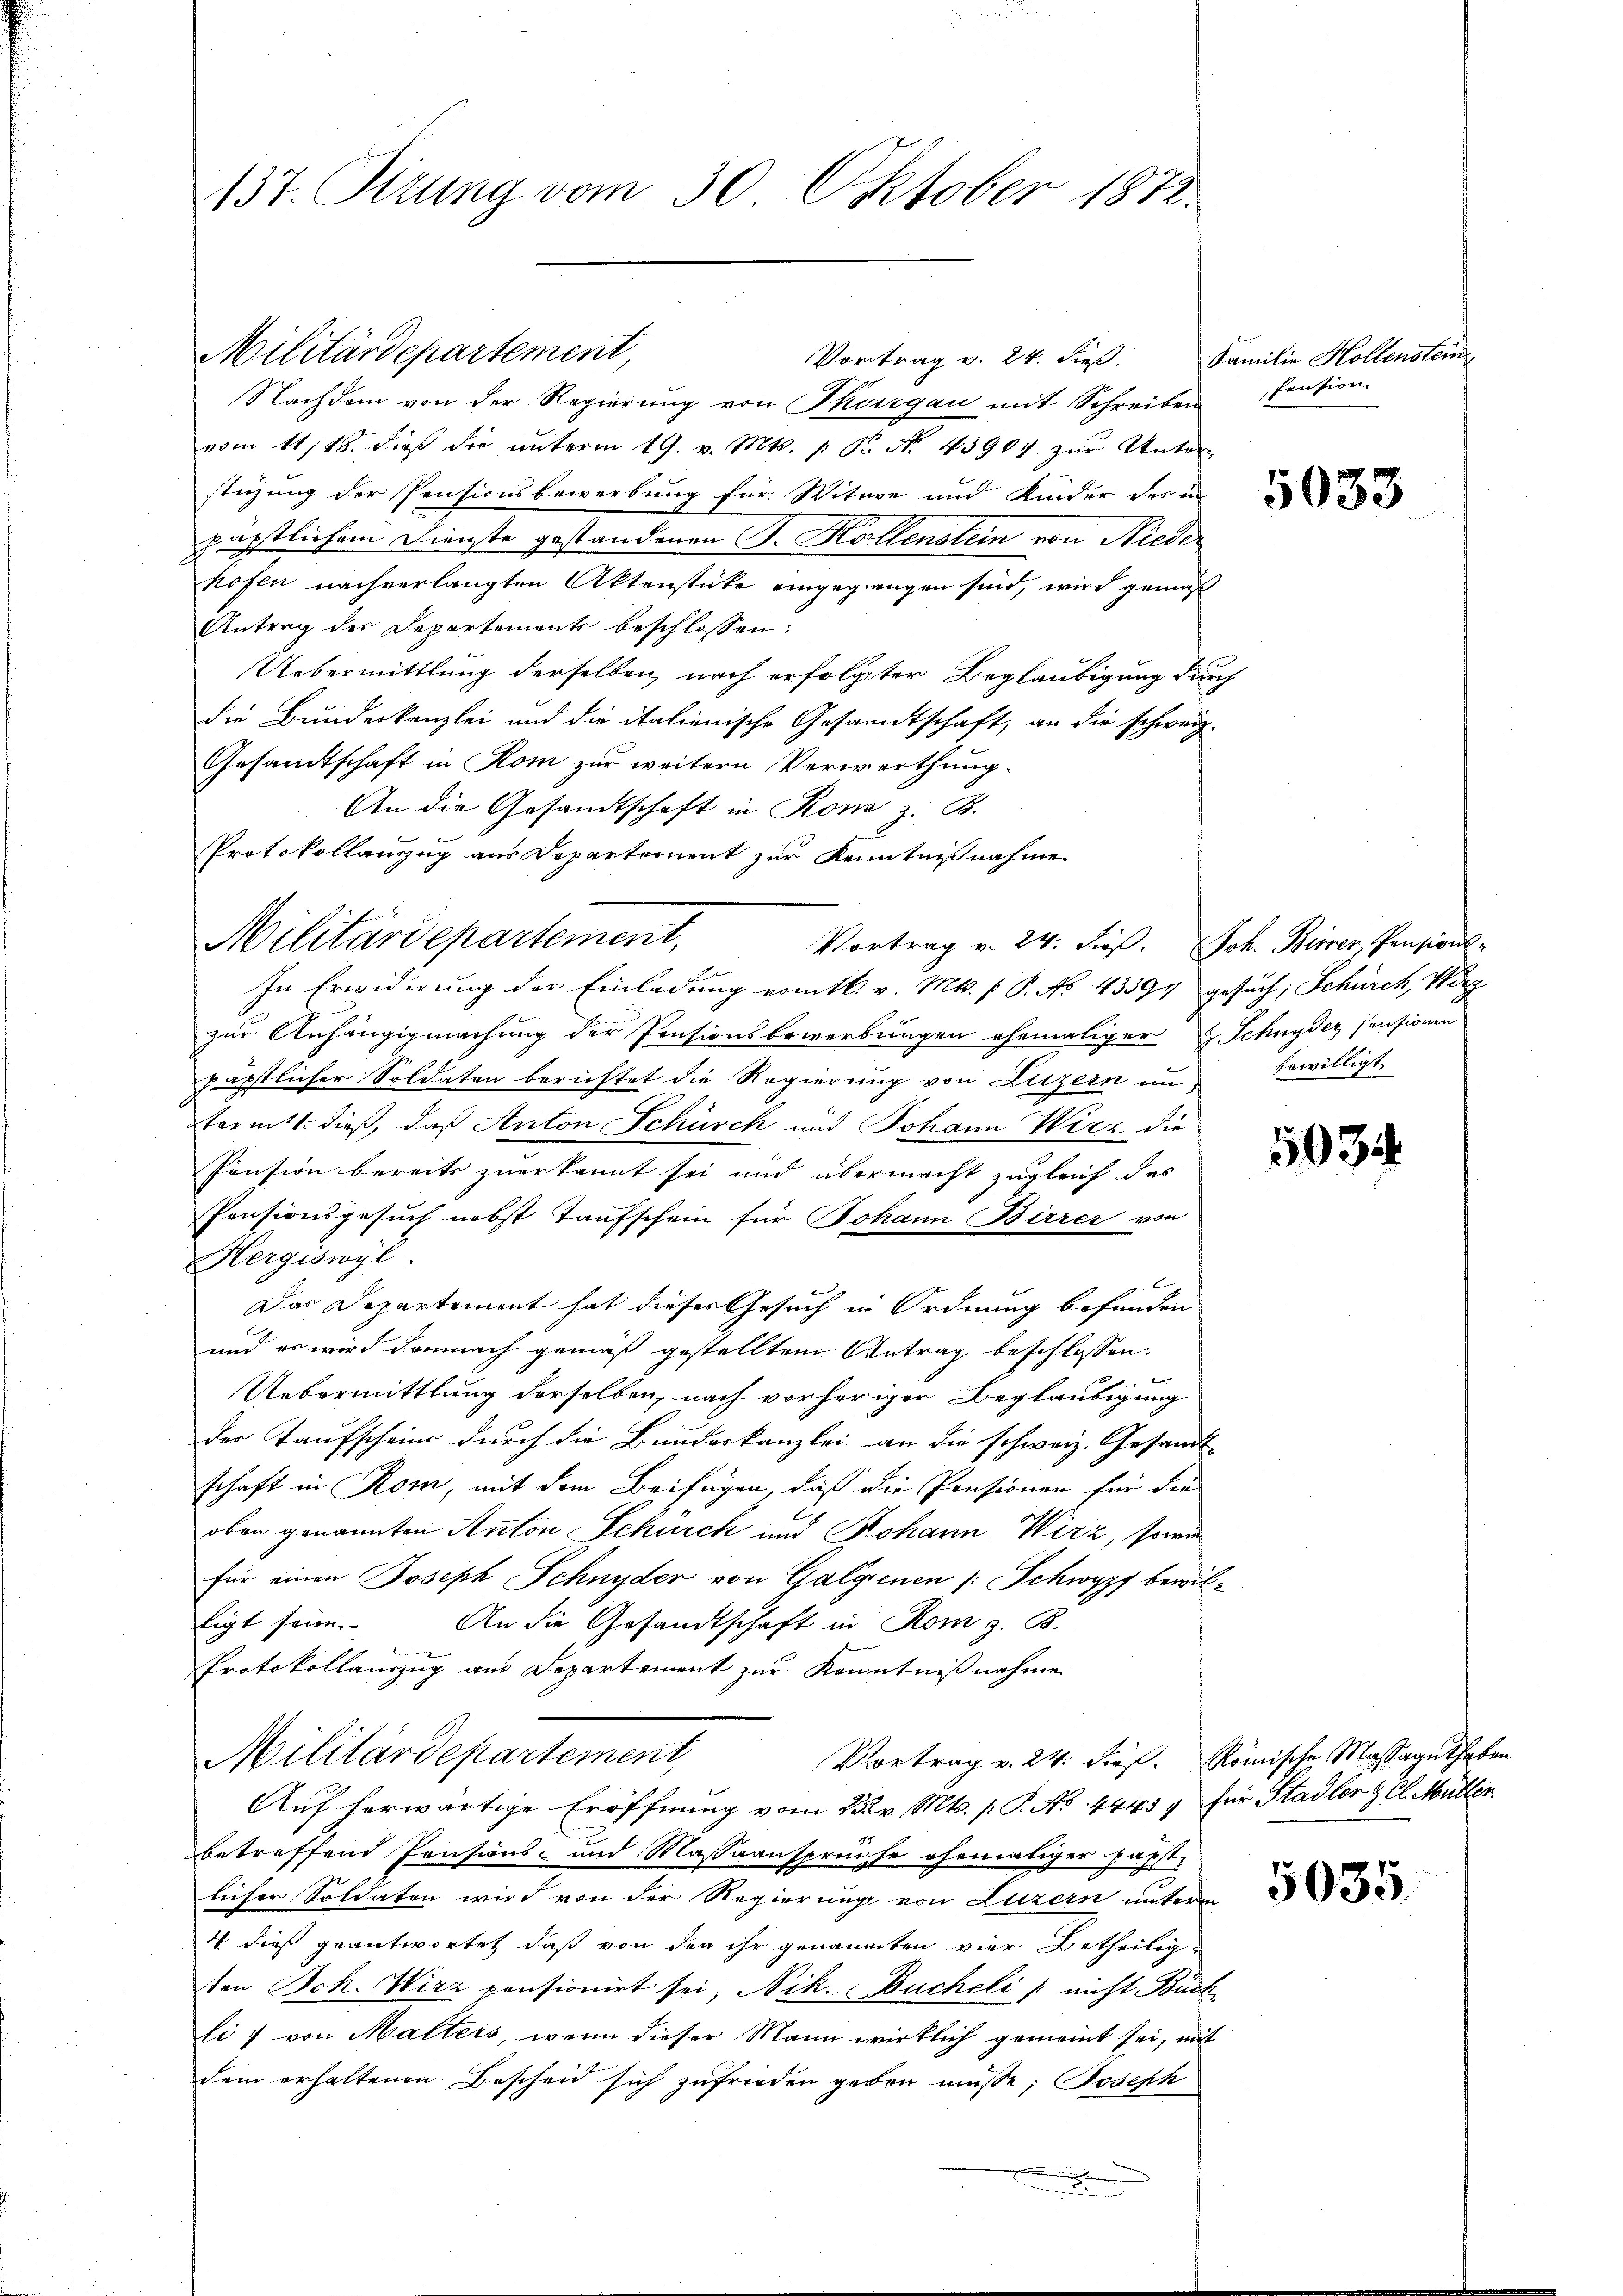
137. Tizung vom 30. Oktober 1872.

Militärdepartement,

Militärdepartement,

Vortrag v. 24. dieß.
Nachdem von der Regierung von Thurgau mit Schreiben
vom 11/18. dieß die unterm 19. v. Mts. s. S. No. 43907 zur Unter-
stüzung der Pensionsbewerbung für Witwe und Kinder des in
päpstlichem Dienste gestandenen J. Kollenstein von Nieder
hofen nachverlangten Aktenstücke eingegangen sind, wird gemäß
Antrag der Departements beschlossen:
Uebermittlung derselben, nach erfolgter Beglaubigung durch
die Bundeskanzlei und die italienische Gesandtschaft, an die schweiz.
Gesandtschaft in Rom zur weitern Verwerthung.
An die Gesandtschaft in Rom z. B.
Protokollauszug aus Departement zur Kenntnißnahmen
In Erwiderung der Einladung vom kk. v. Mts. f. P. No. 43391 gesuch, Schürch, Vorg
zur Anhängigmachung der Pensionsbewerbungen ehemaliger Schnyder Pensionen
Jäpstlicher Soldaten berichtet die Regierung von Luzern in
fermts. dieß, daß Anton Schürch und Johann Wirz die
Pension bereits zuerkannt sei und übermacht zugleich das
Pensionsgesuch nebst Taufschein für Johann Birrer von
Hergiswyl
Das Departement hat dieses Gesuch in Ordnung befunden
und es wird demnach gemäß gestellten Antrag beschlossen,
Uebermittlung derselben, nach vorheriger Beglaubigung
der Taufschein durch die Bundeskanzlei an die schweiz. Gesandt
schaft in Rom, mit dem Beifügen, daß die Pensionen für die
oben genannten Anton Schurch und Johann Wirz, sowie
für einen Joseph Schnyder von Galgienen (: Schwypf bewiltigt sein. An die Gesandtschaft in Rom z. B.
Protokollauszug aus Departement zur Kenntnißnahme
Militärdepartement,
Vortrag v. 24. dies. Römische Massaguthaben
Auf herwärtige Eröffnung vom 23. Mts. /: P. No. 4443 für Stadler & Cl. Müller
betreffend Pensions- und Massaansprüche ehemaliger päpst-
licher Soldaten wird von der Regierung von Luzern unterm
4. dieß geantwortet, daß von den ihr genannten vier Betheilig-
ten Joh. Wirz pensionirt sei, Nik. Bucheli /: nicht Büch
li) von Malters, wenn dieser Mann wirklich gemeint sei, mit
dem erhaltenen Bescheid sich zufrieden geben müsse; Joseph

Vortrag v. 24. dieß. Joh. Birrer, Pensions-

Familie Hollenstein
Pension

5033

bewilligt.

1034

5035